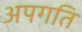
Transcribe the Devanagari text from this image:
अपगति